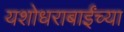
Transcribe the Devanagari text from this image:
यशोधराबाईंच्या